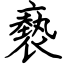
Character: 褻